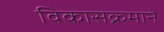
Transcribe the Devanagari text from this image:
विकासक्रमाने